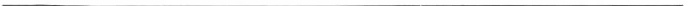
___